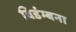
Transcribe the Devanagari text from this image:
विडंम्बना